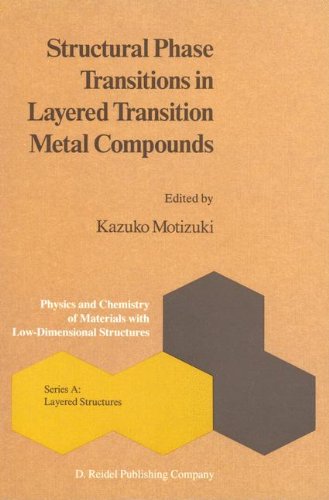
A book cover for Structural Phase Transitions in Layered Transition Metal Compounds (Physics and Chemistry of Materials with A); Science & Math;